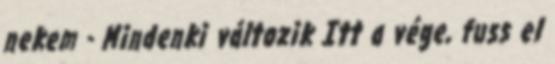
nekem - Mindenki változik Itt a vége, fuss el